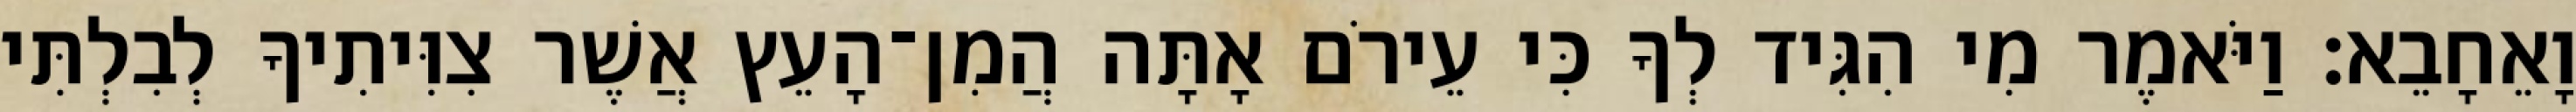
וָאֵחָבֵא׃ וַיֹּאמֶר מִי הִגִּיד לְךָ כִּי עֵירֹם אָתָּה הֲמִן־הָעֵץ אֲשֶׁר צִוִּיתִיךָ לְבִלְתִּי